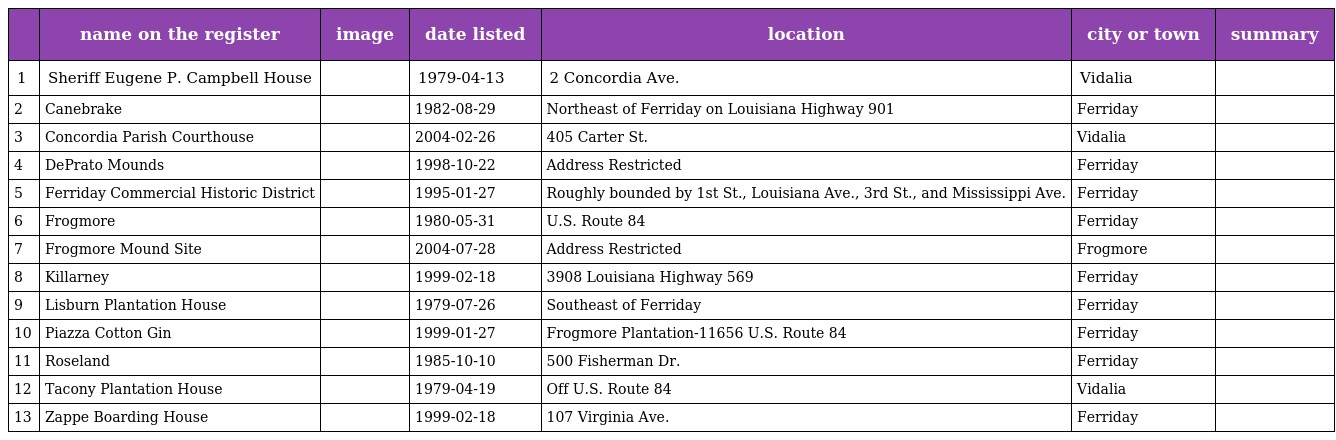
|  | name on the register | image | date listed | location | city or town | summary |
 | --- | --- | --- | --- | --- | --- | --- |
 | 1 | Sheriff Eugene P. Campbell House |  | 1979-04-13 | 2 Concordia Ave. | Vidalia |  |
 | 2 | Canebrake |  | 1982-08-29 | Northeast of Ferriday on Louisiana Highway 901 | Ferriday |  |
 | 3 | Concordia Parish Courthouse |  | 2004-02-26 | 405 Carter St. | Vidalia |  |
 | 4 | DePrato Mounds |  | 1998-10-22 | Address Restricted | Ferriday |  |
 | 5 | Ferriday Commercial Historic District |  | 1995-01-27 | Roughly bounded by 1st St., Louisiana Ave., 3rd St., and Mississippi Ave. | Ferriday |  |
 | 6 | Frogmore |  | 1980-05-31 | U.S. Route 84 | Ferriday |  |
 | 7 | Frogmore Mound Site |  | 2004-07-28 | Address Restricted | Frogmore |  |
 | 8 | Killarney |  | 1999-02-18 | 3908 Louisiana Highway 569 | Ferriday |  |
 | 9 | Lisburn Plantation House |  | 1979-07-26 | Southeast of Ferriday | Ferriday |  |
 | 10 | Piazza Cotton Gin |  | 1999-01-27 | Frogmore Plantation-11656 U.S. Route 84 | Ferriday |  |
 | 11 | Roseland |  | 1985-10-10 | 500 Fisherman Dr. | Ferriday |  |
 | 12 | Tacony Plantation House |  | 1979-04-19 | Off U.S. Route 84 | Vidalia |  |
 | 13 | Zappe Boarding House |  | 1999-02-18 | 107 Virginia Ave. | Ferriday |  |